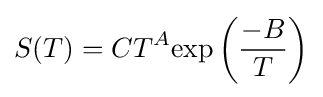
S(T)=CT^{A}{\exp \left({\frac {-B}{T}}\right)}